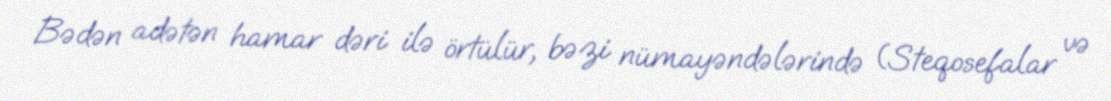
Bədən adətən hamar dəri ilə örtülür, bəzi nümayəndələrində (Steqosefalar və